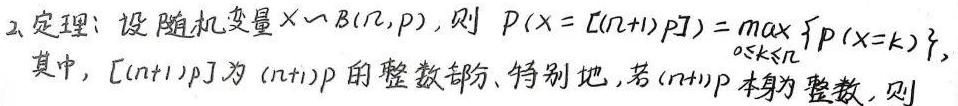
2. 定理：设随机变量$X\sim B(n,p)$，则$P(X=[(n + 1)p])=\max_{0\leq k\leq n}\{P(X = k)\}$，其中，$[(n + 1)p]$为$(n + 1)p$的整数部分. 特别地，若$(n + 1)p$本身为整数，则